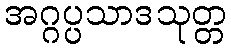
အဂ္ဂပ္ပသာဒသုတ္တ